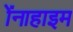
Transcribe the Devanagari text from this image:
ॲनाहाइम